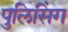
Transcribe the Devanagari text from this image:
पुलिसिंग